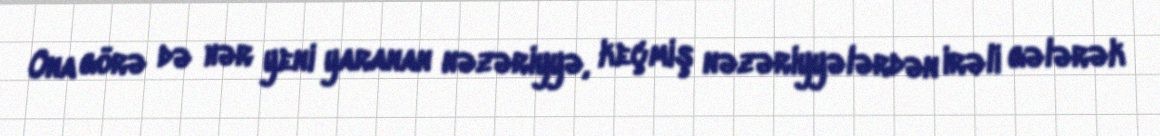
Ona görə də hər yeni yaranan nəzəriyyə, keçmiş nəzəriyyələrdən irəli gələrək